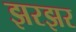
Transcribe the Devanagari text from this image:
झरझर